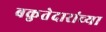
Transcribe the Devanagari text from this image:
बकुतेदारांच्या